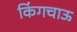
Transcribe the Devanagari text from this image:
किंगचाऊ